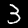
Label: 3